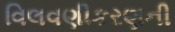
વિલવણીકરણની